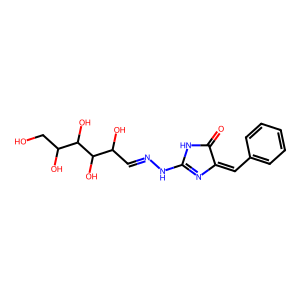
SMILES: O=C1NC(NN=CC(O)C(O)C(O)C(O)CO)=NC1=Cc1ccccc1
Inhibits HIV replication: No